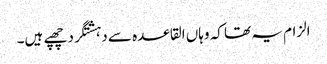
الزام یہ تھا کہ وہاں القاعدہ سے دہشتگرد چھپے ہیں۔